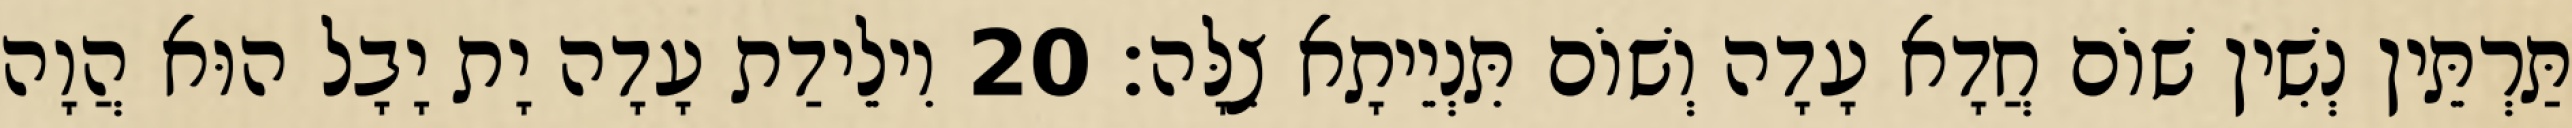
תַּרְתֵּין נְשִׁין שׁוֹם חֲדָא עָדָה וְשׁוֹם תִּנְיֵיתָא צִלָּה׃ 20 וִילֵידַת עָדָה יָת יָבָל הוּא הֲוָה